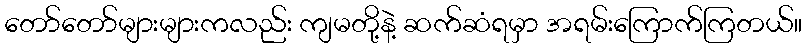
တော်တော်များများကလည်း ကျမတို့နဲ့ ဆက်ဆံရမှာ အရမ်းကြောက်ကြတယ်။